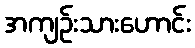
အကျဉ်းသားဟောင်း